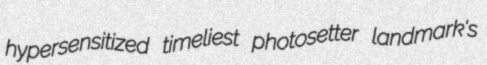
hypersensitized timeliest photosetter landmark's